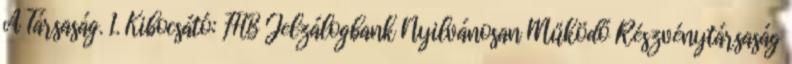
A Társaság. 1. Kibocsátó: FHB Jelzálogbank Nyilvánosan Működő Részvénytársaság